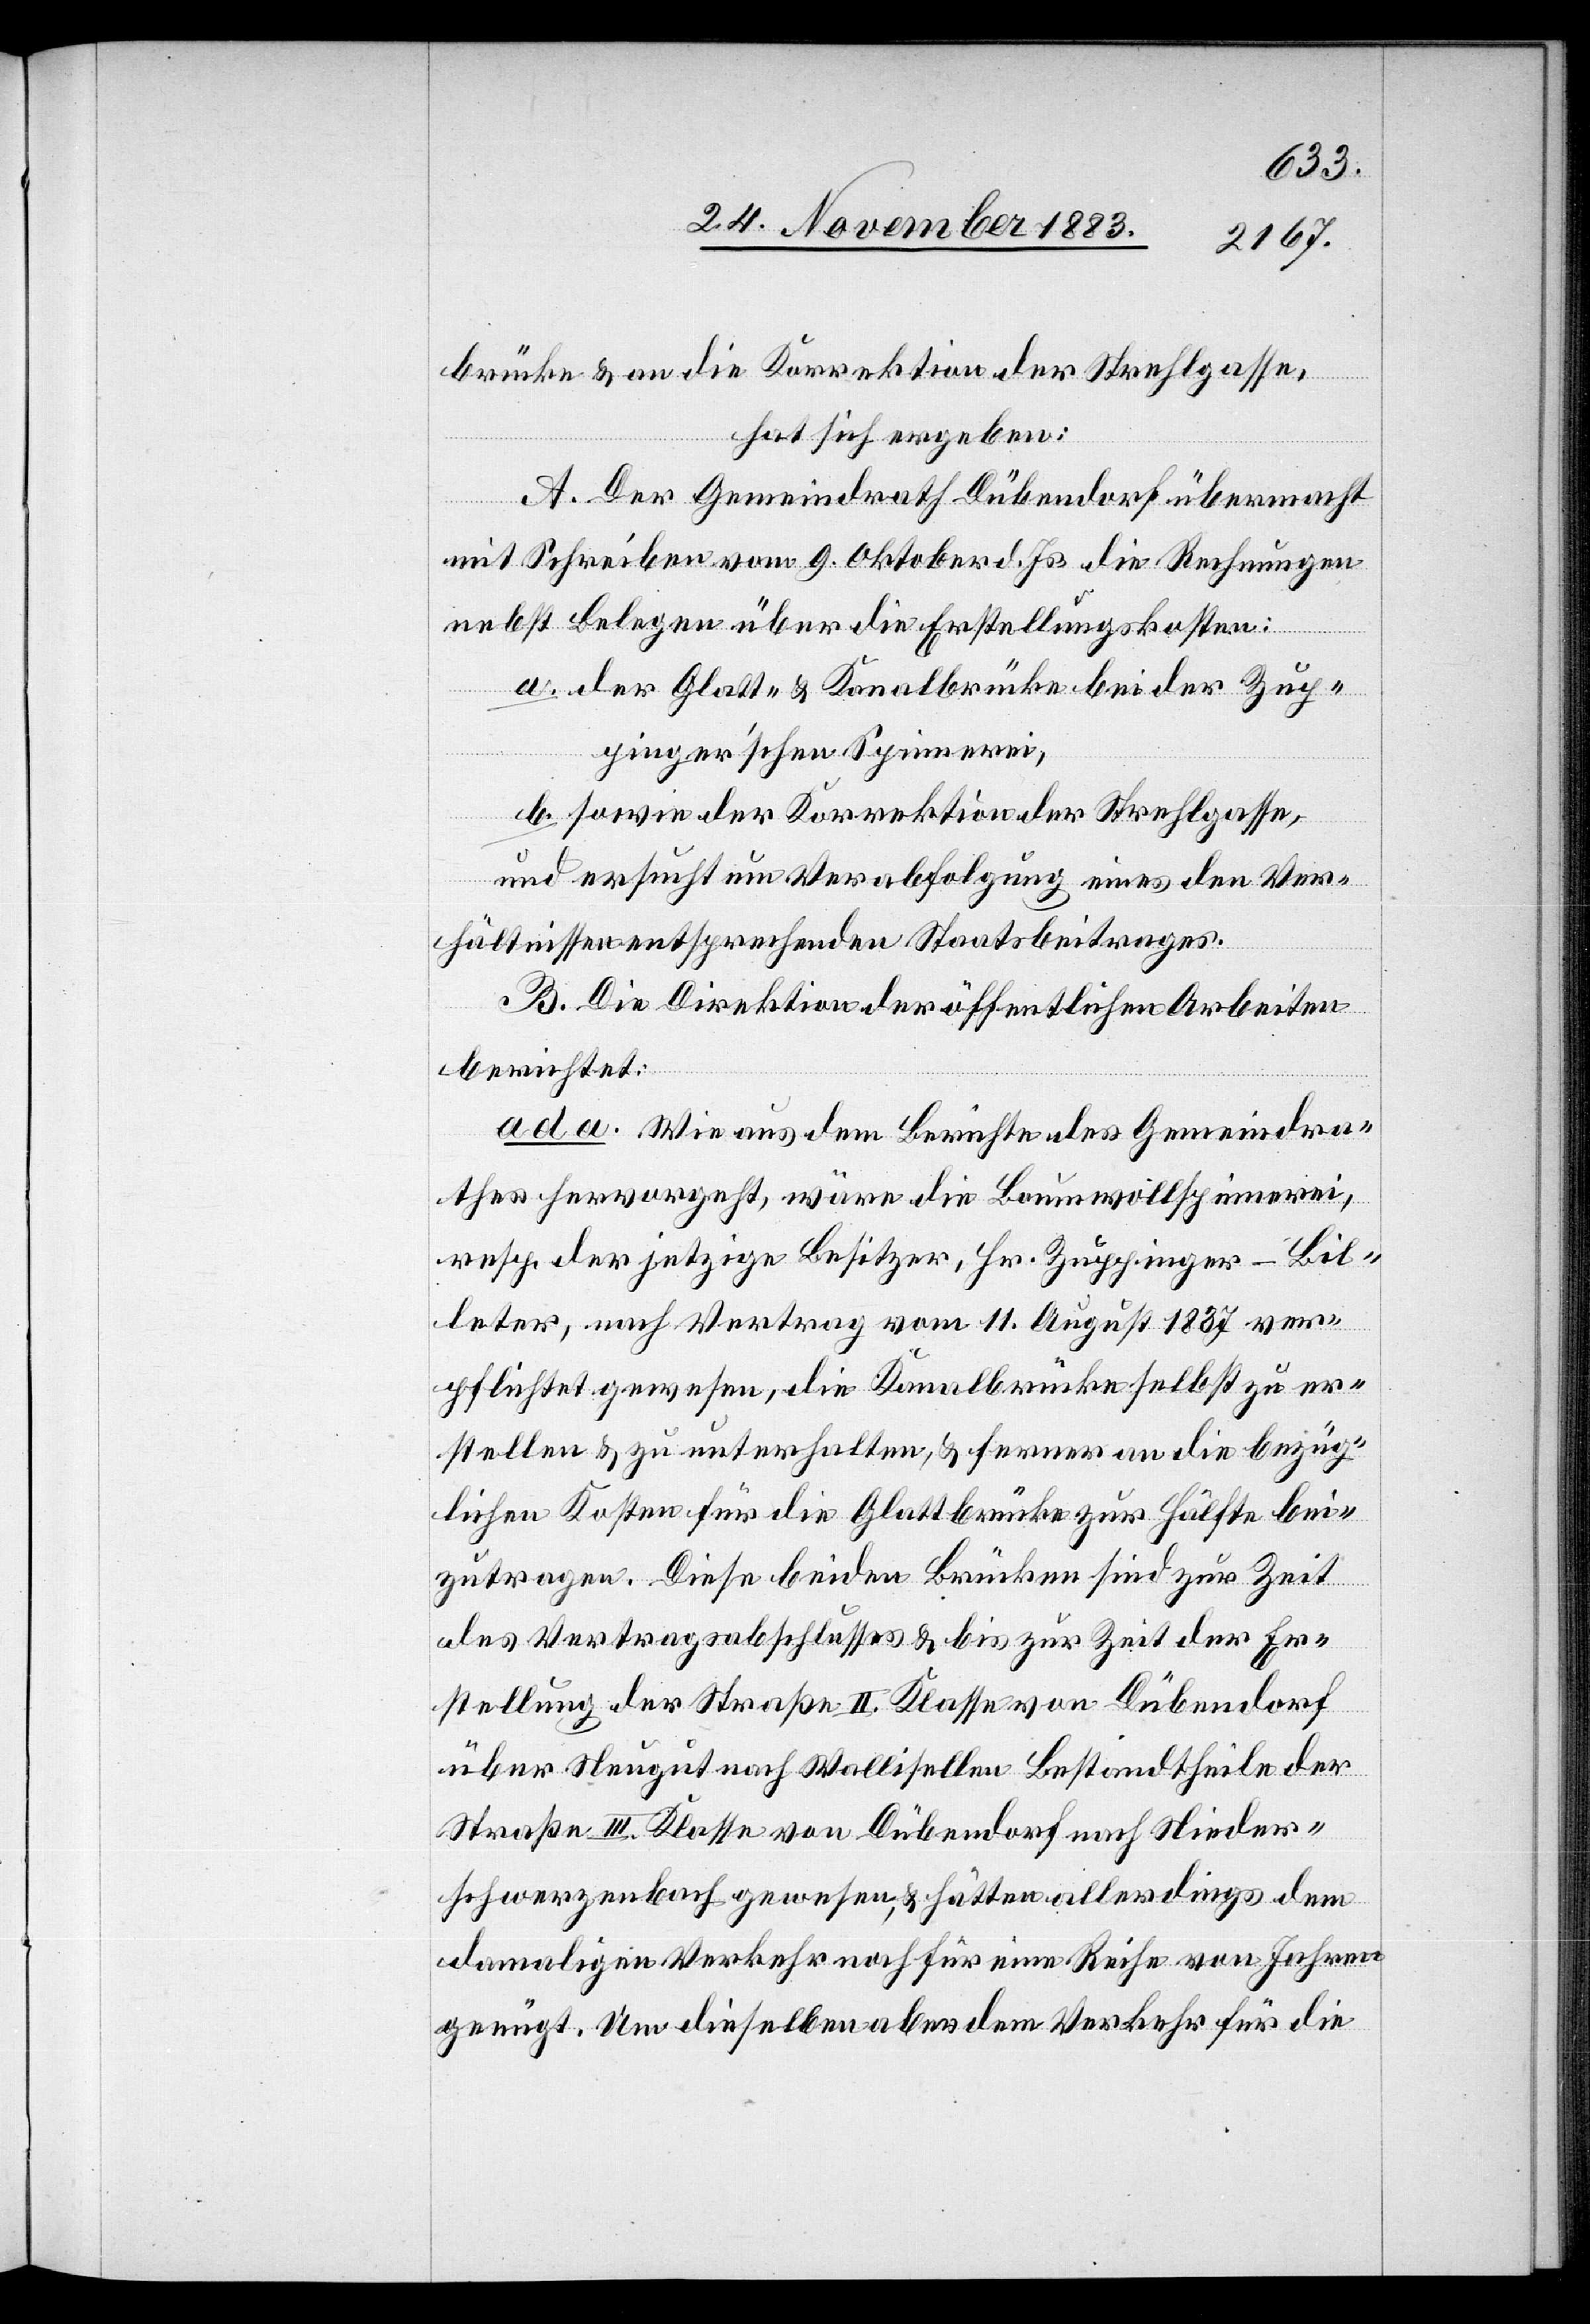
brücke & an die Korrektion der Strehlgasse,
hat sich ergeben:
A. Der Gemeindrath Dübendorf übermacht
mit Schreiben vom 9. Oktober d. Js. die Rechnungen
nebst Belegen über die Erstellungskosten:
a. der Glatt- & Kanalbrücke bei der Zup¬
pinger’schen Spinnerei,
b. sowie der Korrektion der Strehlgasse,
und ersucht um Verabfolgung eines den Ver¬
hältnissen entsprechenden Staatsbeitrages.
B. Die Direktion der öffentlichen Arbeiten
berichtet:
ad a. Wie aus dem Berichte des Gemeindra¬
thes hervorgeht, wäre die Baumwollspinnerei,
resp. der jetzige Besitzer, Hr. Zuppinger-Bil¬
leter, nach Vertrag vom 11. August 1837 ver¬
pflichtet gewesen, die Kanalbrücke selbst zu er¬
stellen & zu unterhalten, & ferner an die bezüg¬
lichen Kosten für die Glattbrücke zur Hälfte bei¬
zutragen. Diese beiden Brücken sind zur Zeit
des Vertragsabschlusses & bis zur Zeit der Er¬
stellung der Straße II. Klasse von Dübendorf
über Neugut nach Wallisellen Bestandtheile der
Straße III. Klasse von Dübendorf nach Nieder¬
schwerzenbach gewesen, & hätten allerdings dem
damaligen Verkehr noch für eine Reihe von Jahren
genügt. Um dieselben aber dem Verkehr für die